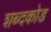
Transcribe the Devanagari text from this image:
शब्दकोड